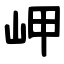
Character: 岬